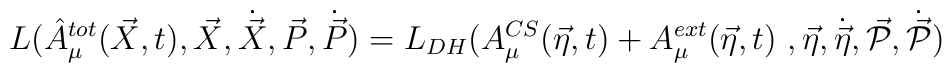
L(\hat{A}^{tot}_\mu (\vec{X},t), \vec{X}, \dot{\vec{X}},  \vec{P},\dot{\vec{P}} ) = L_{DH} (A_\mu^{CS} (\vec{\eta},t) + A_\mu^{ext}(\vec{\eta},t)\ , \vec{\eta}, \dot{\vec{\eta}}, \vec{\cal{P}},\dot{\vec{\cal{P}}})